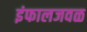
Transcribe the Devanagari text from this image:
इंफालजवळ